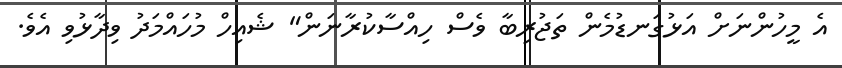
އެ މީހުންނަށް އަޅުގަނޑުމެން ތަޖުރިބާ ވެސް ހިއްސާކުރާނަން" ޝެއިހް މުހައްމަދު ވިދާޅުވި އެވެ.